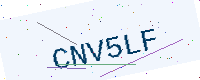
Text: CNV5LF